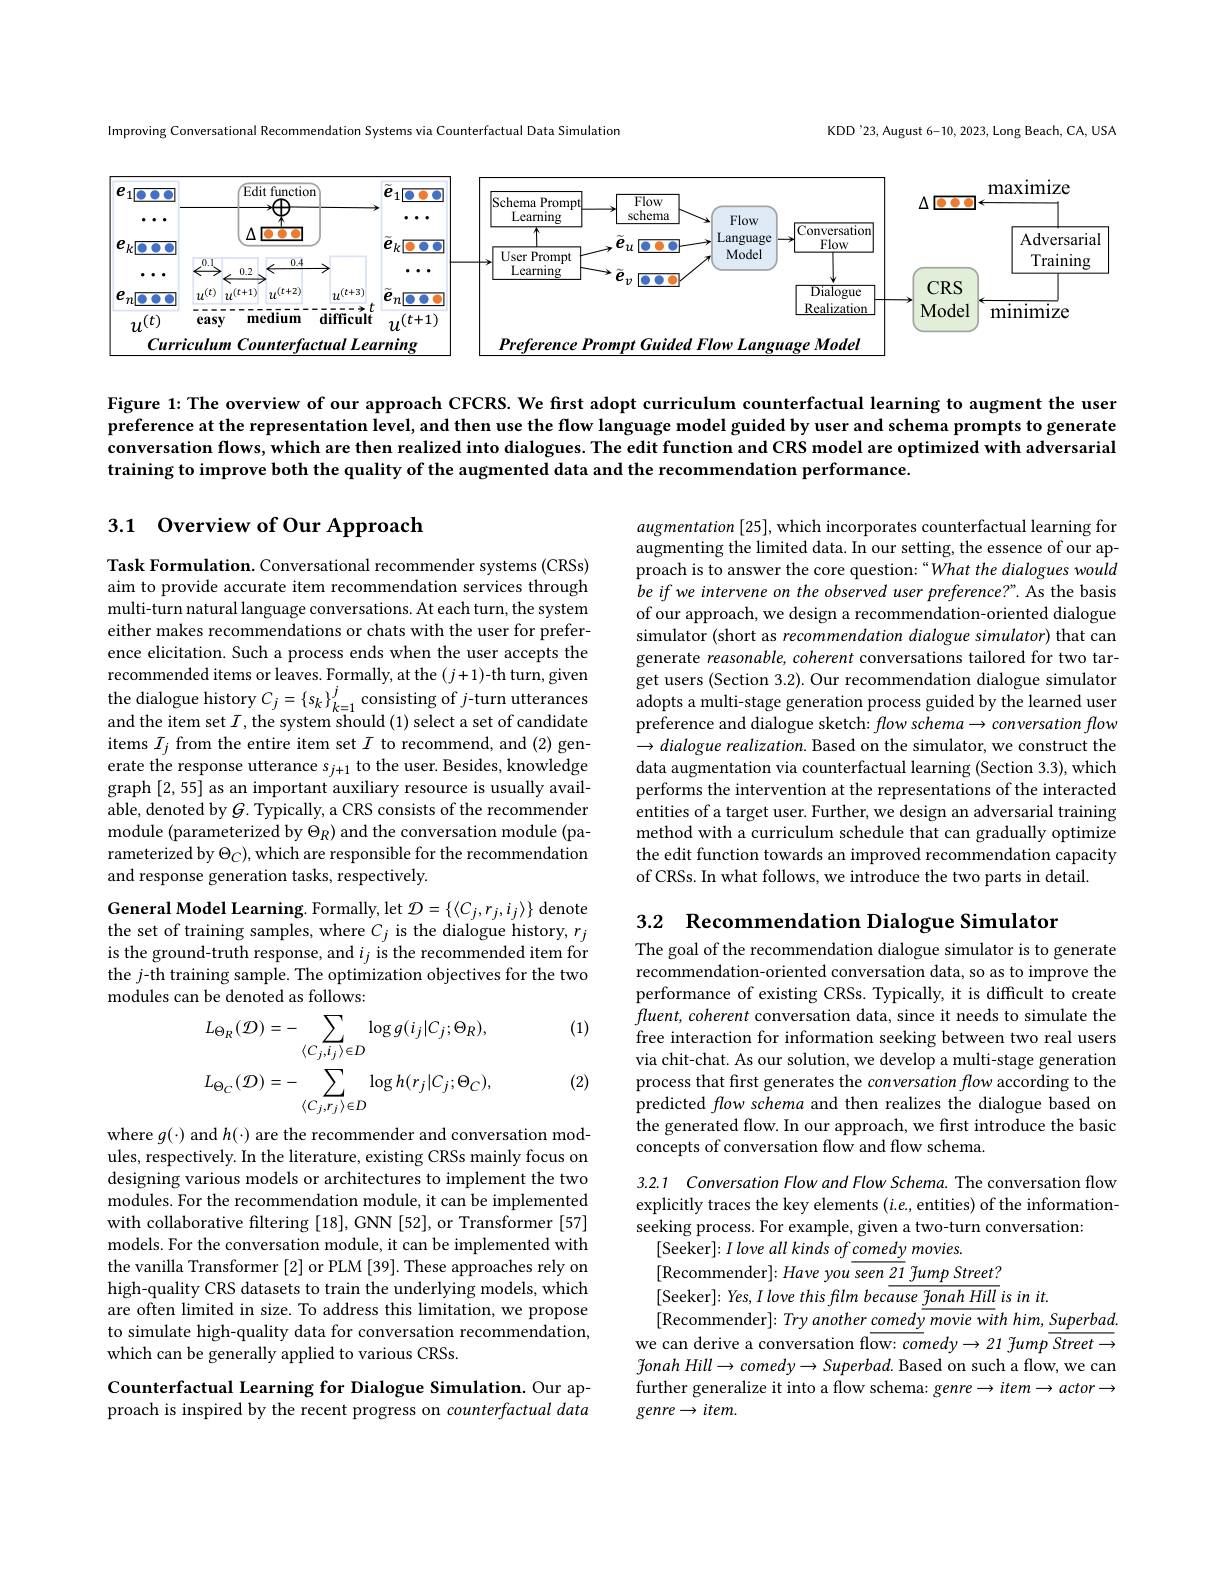
KDD'23, August 6-10, 2023, Long Beach, CA, USA

Improving Conversational Recommendation Systems via Counterfactual Data Simulation

<FigureHere>

Figure 1: The overview of our approach CFCRS. We first adopt curriculum counterfactual learning to augment the user preference at the representation level, and then use the flow language model guided by user and schema prompts to generate conversation flows, which are then realized into dialogues. The edit function and CRS model are optimized with adversarial training to improve both the quality of the augmented data and the recommendation performance.

## 3.1 Overview of Our Approach

augmentation [25], which incorporates counterfactual learning for augmenting the limited data. In our setting, the essence of our approach is to answer the core question:“What the dialogues would be if we intervene on the observed user preference?" As the basis of our approach, we design a recommendation-oriented dialogue simulator (short as recommendation dialogue simulator) that can generate reasonable, coherent conversations tailored for two target users (Section 3.2). Our recommendation dialogue simulator adopts a multi-stage generation process guided by the learned user preference and dialogue sketch: flow schema$\to conversationflow$ $\to dialogue\textit{ realization. Based on the simulator, we construct the}$ data augmentation via counterfactual learning (Section 3.3), which performs the intervention at the representations of the interacted entities of a target user. Further, we design an adversarial training method with a curriculum schedule that can gradually optimize the edit function towards an improved recommendation capacity of CRSs. In what follows, we introduce the two parts in detail

Task Formulation. Conversational recommender systems (CRSs) aim to provide accurate item recommendation services through multi-turn natural language conversations. At each turn, the system either makes recommendations or chats with the user for preference elicitation. Such a process ends when the user accepts the recommended items or leaves. Formally, at the $(j+1)$-th turn, given the dialogue history $C_j=\{s_k\}_{k=1}^j$ consisting of $j$-turn utterances and the item set $I$, the system should (1) select a set of candidate items $I_j$ from the entire item set $I$ to recommend, and (2) generate the response utterance $s_j+1$ to the user. Besides, knowledge graph [2,55] as an important auxiliary resource is usually available, denoted by $G$. Typically, a CRS consists of the recommender module (parameterized by $\Theta_R)$ and the conversation module (parameterized by $\Theta_C)$, which are responsible for the recommendation and response generation tasks, respectively.

3.2 Recommendation Dialogue Simulator

General Model Learning. Formally, let $\mathcal{D}=\{\langle C_j,r_j,i_j\rangle\}$ denote the set of training samples, where $C_j$ is the dialogue history, $r_j$ is the ground-truth response, and $i_j$ is the recommended item for the $j$-th training sample. The optimization objectives for the two modules can be denoted as follows:

(1)

The goal of the recommendation dialogue simulator is to generate recommendation-oriented conversation data, so as to improve the performance of existing CRSs. Typically, it is difficult to create $fluent,coherent$ conversation data, since it needs to simulate the free interaction for information seeking between two real users via chit-chat. As our solution, we develop a multi-stage generation process that first generates the conversation flow according to the predicted flow schema and then realizes the dialogue based on the generated flow. In our approach, we first introduce the basic concepts of conversation flow and flow schema.
$$L_{\Theta_{R}}(\mathcal{D})=-\sum_{\langle C_{j},i_{j}\rangle\in D}\log g(i_{j}|C_{j};\Theta_{R}),\\L_{\Theta_{C}}(\mathcal{D})=-\sum_{\langle C_{j},r_{j}\rangle\in D}\log h(r_{j}|C_{j};\Theta_{C}),$$
(2)

where $g(\cdot)$ and $h(\cdot)$ are the recommender and conversation modules, respectively. In the literature, existing CRSs mainly focus on designing various models or architectures to implement the two modules. For the recommendation module, it can be implemented with collaborative filtering [18], GNN [52], or Transformer [57] models. For the conversation module, it can be implemented with the vanilla Transformer [2] or PLM [39]. These approaches rely on high-quality CRS datasets to train the underlying models, which are often limited in size. To address this limitation, we propose to simulate high-quality data for conversation recommendation, which can be generally applied to various CRSs.

3.2.1 Conversation Flow and Flow Schema. The conversation flow explicitly traces the key elements (i.e, entities) of the informationseeking process. For example, given a two-turn conversation:
[Seeker]: I love all kinds of comedy movies.
[Recommender$]:Haveyou\overline\text{seen 21}$ fump Street?
[Seeker]:Yes, I love this film because fonah Hill is in it.
[Recommender$] : Tryanother\_ \underline {comedy}$ movie with $him, \underline {Superbad}.$ we can derive a conversation flow: comedy $\to21$ fump Street $\to$ ${\mathcal{f}}onah{\mathcal H}ill\to comedy\to Superbad.$ Based on such a flow, we can further generalize it into a flow schema: genre $\to item\to actor\to$ genre$\to item.$

Counterfactual Learning for Dialogue Simulation. Our approach is inspired by the recent progress on counterfactual data